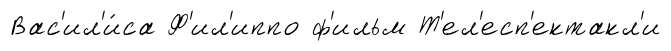
Вас'ил'и́са Ф'ил'иппо ф'ильм Т'ел'есп'ектакл'и